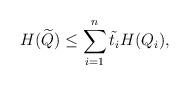
LaTeX: \begin{align*} H(\widetilde{Q}) \le \sum_{i=1}^{n} \tilde{t}_i H(Q_i),\end{align*}